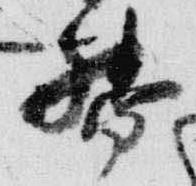
督